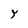
Character: Y